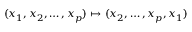
( x _ { 1 } , x _ { 2 } , \ldots , x _ { p } ) \mapsto ( x _ { 2 } , \ldots , x _ { p } , x _ { 1 } )